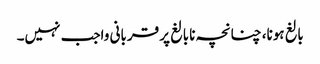
بالغ ہونا، چنانچہ نابالغ پر قربانی واجب نہیں۔